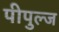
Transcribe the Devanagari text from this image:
पीपुल्ज